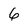
Character: 6